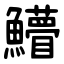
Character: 䲛